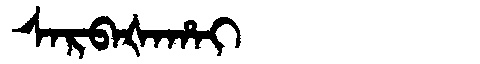
Manchu: ᠰᠠᡵᠪᠠᡧᠠᡥᠠᡳ
Romanization: SARBAŠAHAI